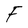
Character: F